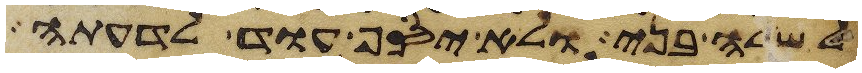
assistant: לשלה בני ולא יסף עוד לדעתה